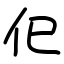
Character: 㐶